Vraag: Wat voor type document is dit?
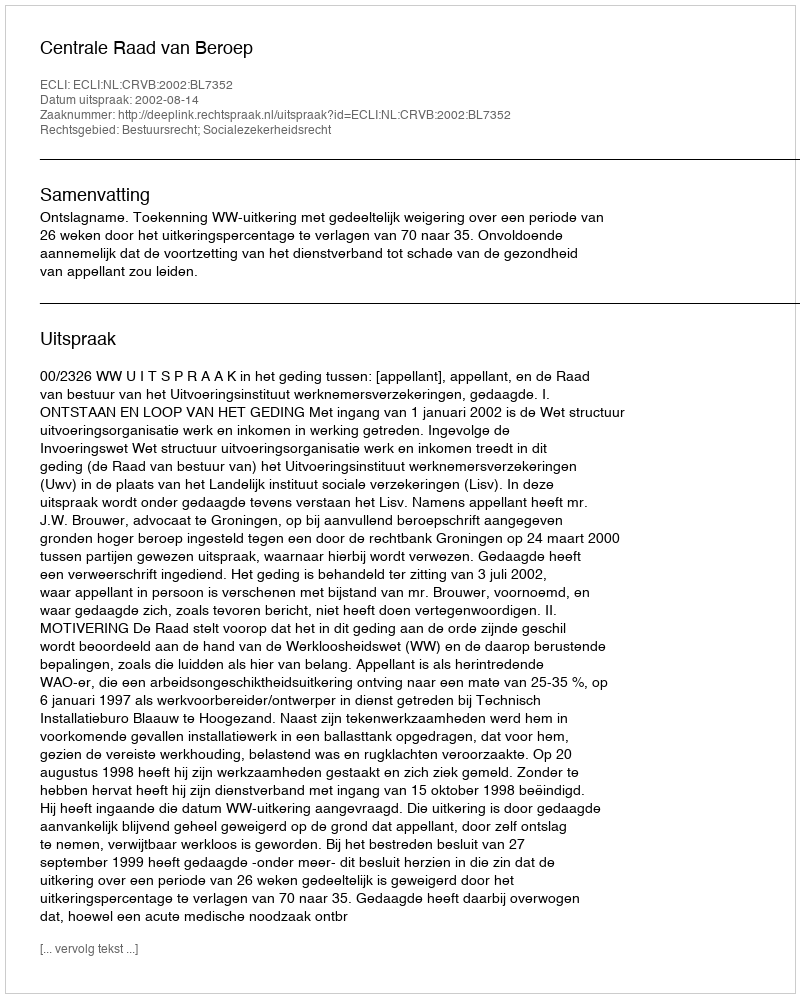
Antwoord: Uitspraak